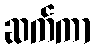
ဆက်ကာ